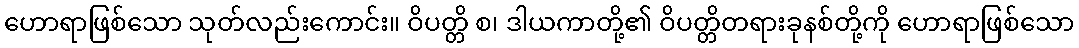
ဟောရာဖြစ်သော သုတ်လည်းကောင်း။ ဝိပတ္တိ စ၊ ဒါယကာတို့၏ ဝိပတ္တိတရားခုနစ်တို့ကို ဟောရာဖြစ်သော